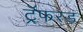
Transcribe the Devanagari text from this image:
ट्रॅफरड